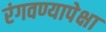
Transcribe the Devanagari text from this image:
रंगवण्यापेक्षा